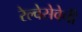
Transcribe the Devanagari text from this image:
रेल्वेसेवेची